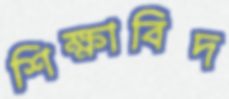
শিক্ষাবিদ